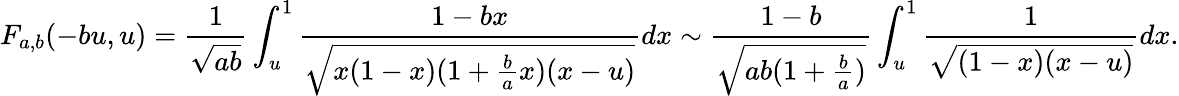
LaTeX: F_{a,b}(-bu,u)=\frac{1}{\sqrt{ab}}\int_{u}^{1}\frac{1-bx}{\sqrt{x(1-x)(1+\frac{b}{a}x)(x-u)}}dx\sim\frac{1-b}{\sqrt{ab(1+\frac{b}{a})}}\int_{u}^{1}\frac{1}{\sqrt{(1-x)(x-u)}}dx.